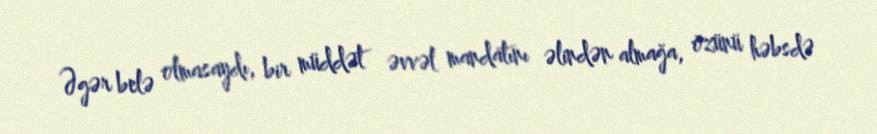
Əgər belə olmasaydı, bir müddət əvvəl mandatını əlindən almağa, özünü həbsdə